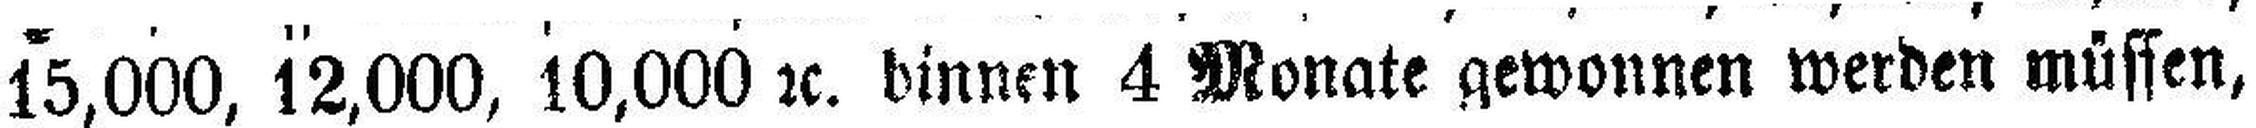
15,000, 12,000, 10,000 2c. binnen 4 Monate gewonnen werden müssen,